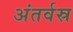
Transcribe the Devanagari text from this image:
अंतर्वस्र